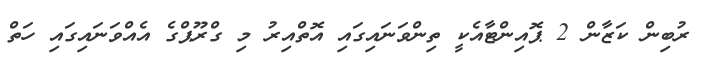
ރުބިން ކަޒާން 2 ޕޮއިންޓާއެކީ ތިންވަނައިގައި އޮތްއިރު މި ގްރޫޕްގެ އެއްވަނައިގައި ހަތް